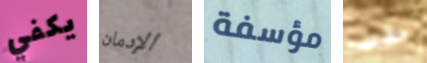
يكفي الإدمان مؤسفة حفرت